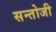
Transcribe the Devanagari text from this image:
सन्तोजी